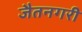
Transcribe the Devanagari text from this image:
जैतनगरी